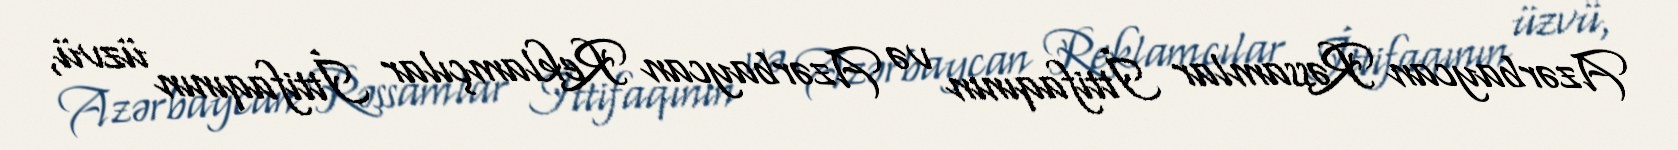
Azərbaycan Rəssamlar İttifaqının və Azərbaycan Reklamçılar İttifaqının üzvü,